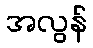
အလွန်